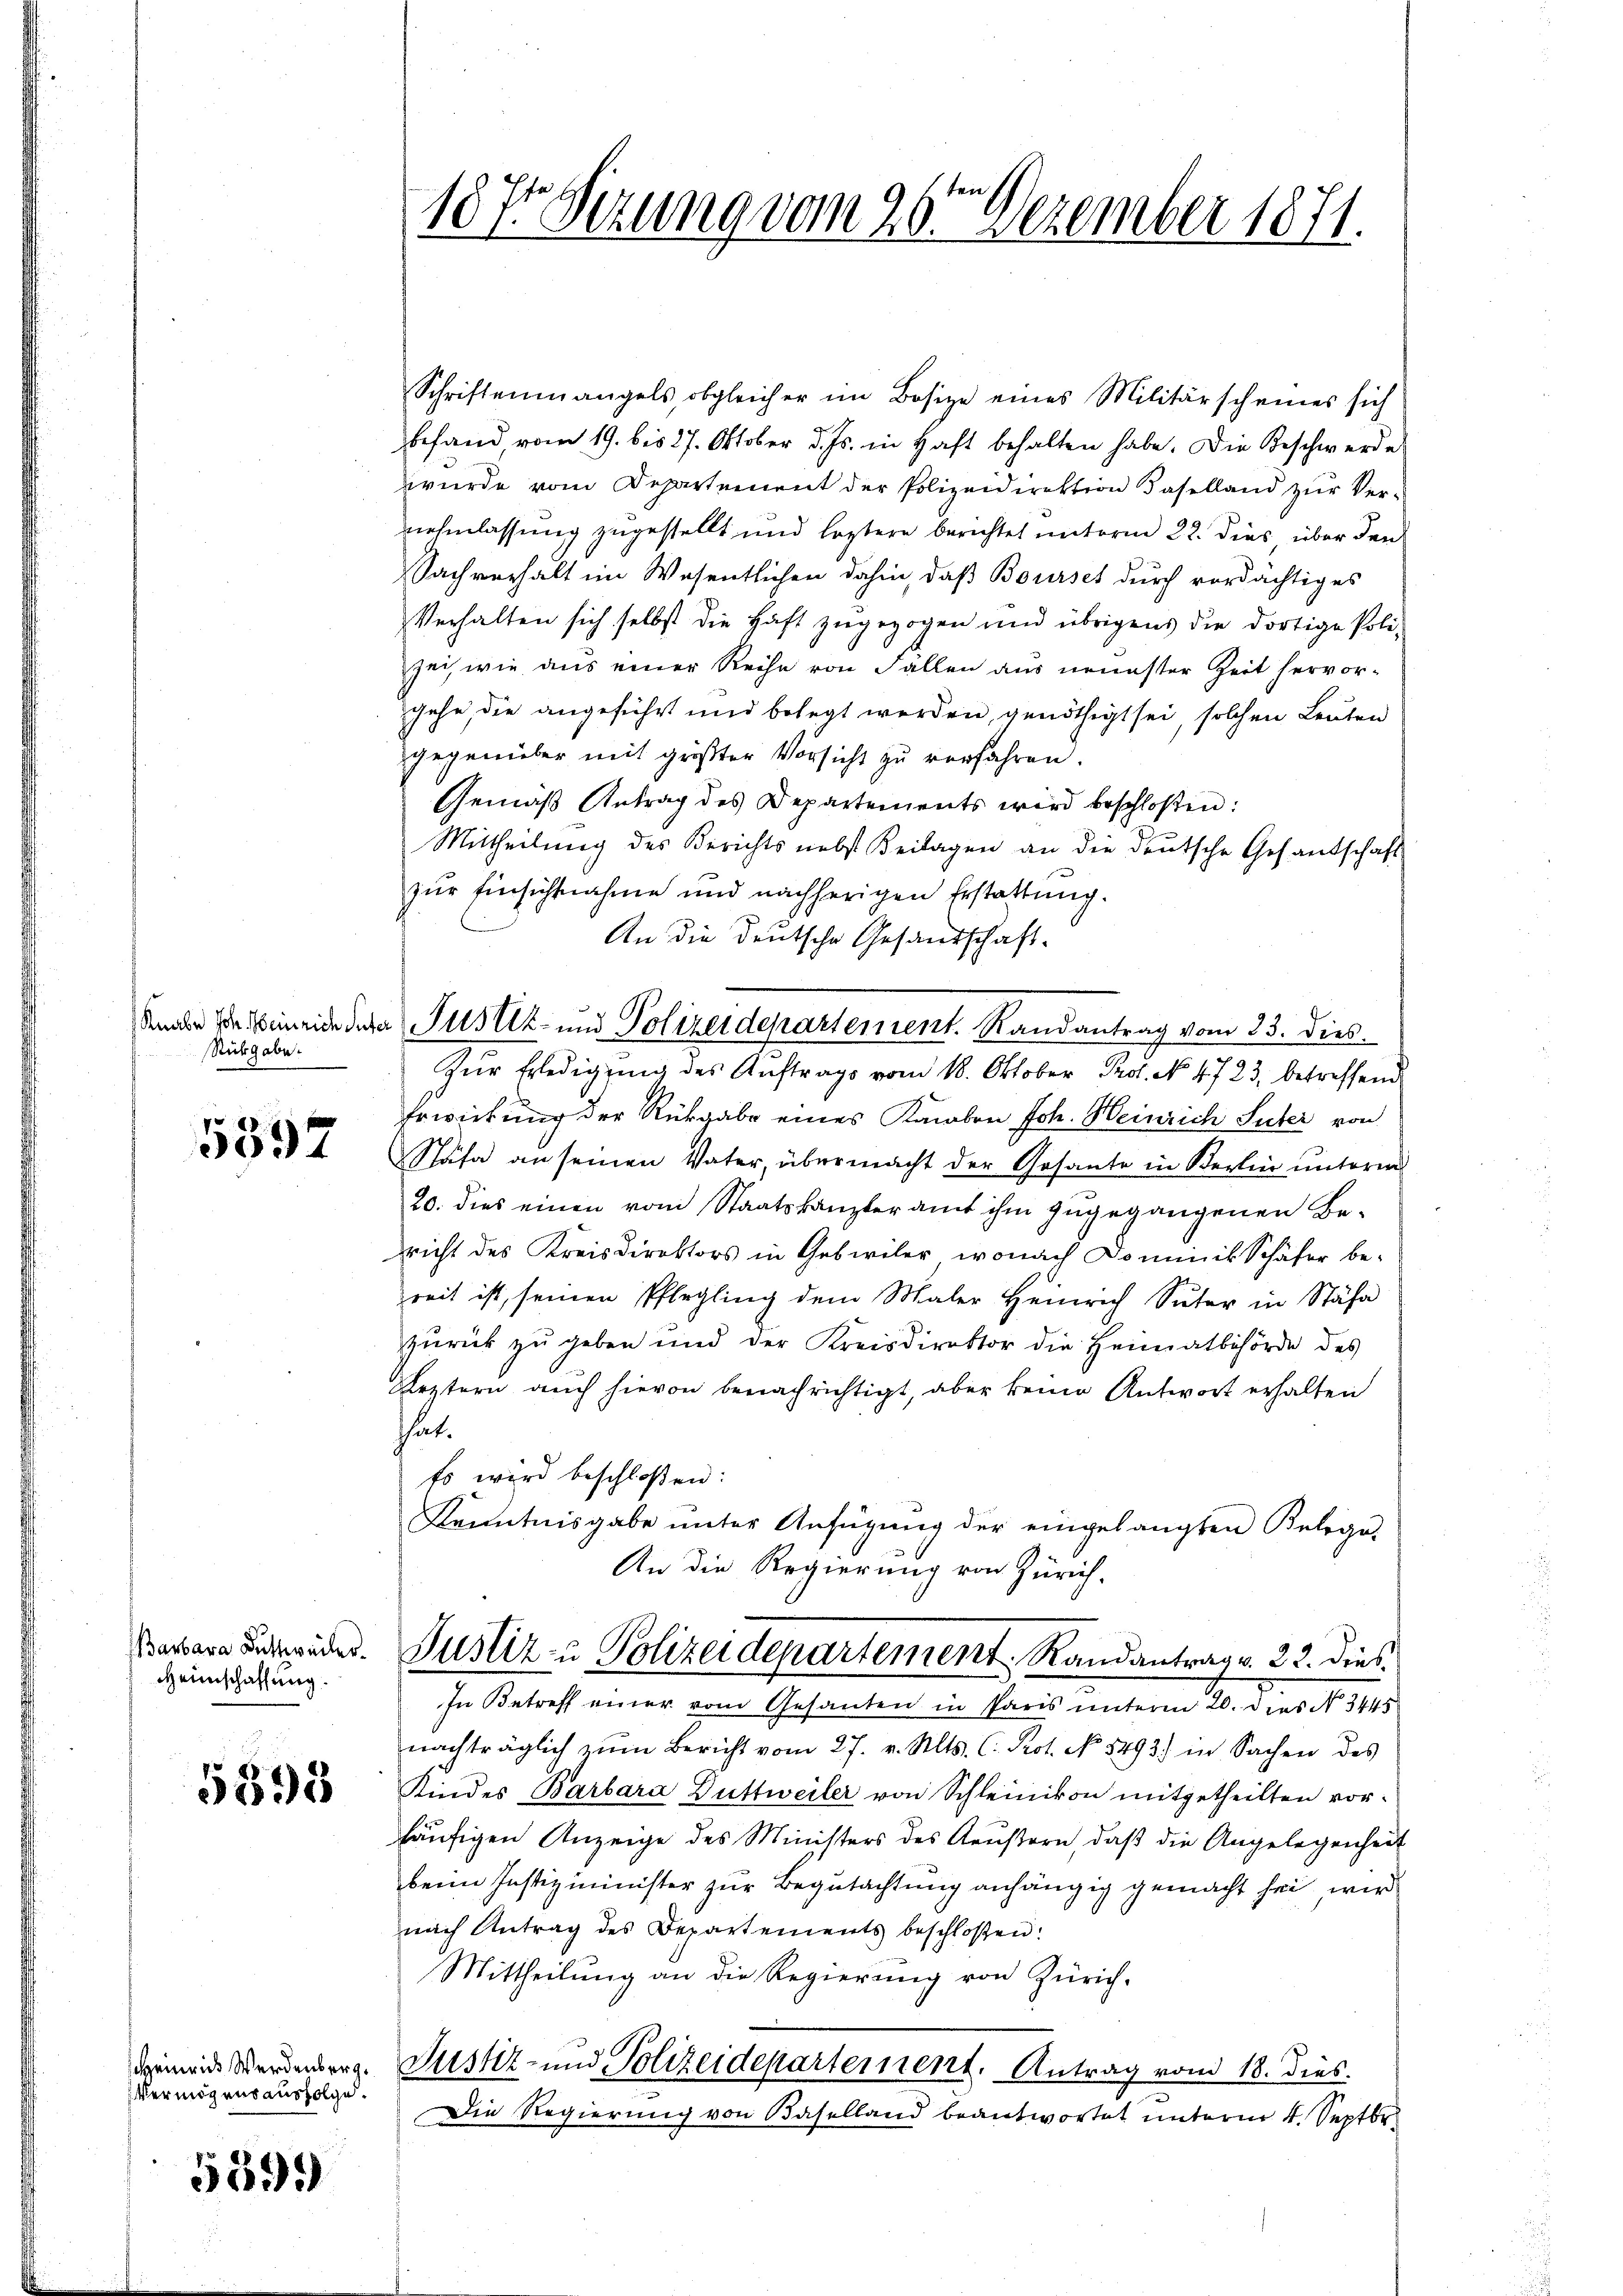
Rückgabe.

5397

Barbara Duttweiler.
HHeimschaffung.

5593

Heinrich Werdenberg.
Vermögensausfolge.
559.)

Schriftenmangels obgleicher im Bosize eines Militärscheines sich
befand, vom 19. bis 27. Oktober d. Js. in Haft behalten habe. Die Beschwerde
wurde vom Departement der Polizeidirektion Baselland zur Vernehmlassung zugestellt und leztere berichtet unterm 22. dies über den
Sachverhalt im Wesentlichen dahin, daß Bourses durch verdächtiges
Verhalten sich selbst die Haft zugezogen und übrigens die dortige Poli-
sei, wie aus einer Reihe von Fällen aus neuester Zeit hervor-
gehe, die angeführt und belegt werden, genöthigt sei, solchen Leuten
gegenüber mit größter Vorsicht zu verfahren.
Gemäß Antrag des Departements wird beschloßen:
Mittheilŭng des Berichts nebst Beilagen an die deutsche Gesandschaft
zur Einsichtnahme und nachherigen Erstattung.
An die deutsche Gesandschaft.
Knabe der Meineide deta Justiz- und Polizeidepartement. Randantrag vom 23. dies
Zŭr Erledigung des Auftrags vom 18. Oktober Prof. No. 4723. betreffend
Erwirkung der Rückgabe eines Kambon Joh. Heinrich Suter von
Stäfa an seinen Vater, übermacht der Gesante in Berlin unterm
20. dies einen vom Staatskanzleramt ihm zugegangenen Be-
richt des Kreisdirektors in Gebiviler, wonach Dominik Schäfer be-
reit ist, seinen Pflegling dem Maler Heinrich Suter in Stäfa
zurück zu geben und der Kreisdirektor die Heimatbehörde des
Ärztern auch hievon benachrichtigt, aber keine Antwort erhalten
hat.
Es wird beschloßen:
Kenntnisgabe unter Anfügung der eingelangten Belega-
An die Regierung von Zürich-
Justiz- & Polizeidepartement. Randantrag v. 22. dies
In Betreff einer vom Gesanten in Paris unterm 20. Das No 3448
nachträglich zŭm Bericht vom 27. v. Mts. C. Prot. No 5493) in Sachen des
Kindes Barbara Duttweiler von Schleinikon mitgetheilten vorhäufigen Anzeige des Ministers des Aeußern, daß die Angelegenheit
beim Justizminister zur Begutachtung anhängig gemacht sei, wir
nach Antrag des Departements beschloßen:
Mittheilung an die Regierŭng von Zürich.
Justiz- und Polizeidepartement. Antrag vom 18. dies
Die Regierung von Baselland beantwortet unterm 4. Septbr.

nnsch
187r Sitzung vom 20. Dezember 1871.